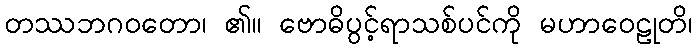
တဿဘဂဝတော၊ ၏။ ဗောဓိပွင့်ရာသစ်ပင်ကို မဟာဝေဠုတိ၊